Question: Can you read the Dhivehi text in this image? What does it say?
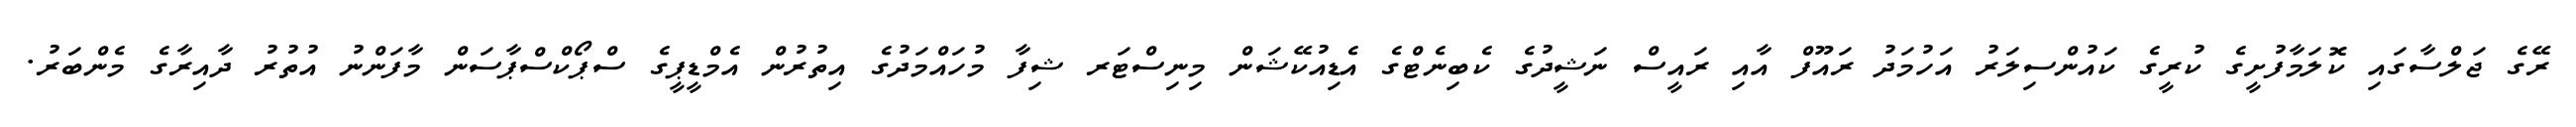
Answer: ރޭގެ ޖަލްސާގައި ކޮލަމާފުށީގެ ކުރީގެ ކައުންސިލަރު އަހުމަދު ރައޫފް އާއި ރައީސް ނަޝީދުގެ ކެބިނެޓްގެ އެޑިއުކޭޝަން މިނިސްޓަރ ޝިފާ މުހައްމަދުގެ އިތުރުން އެމްޑީޕީގެ ސްޕޯކްސްޕާސަން މާފަންނު އުތުރު ދާއިރާގެ މެންބަރު.